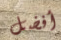
أفضل